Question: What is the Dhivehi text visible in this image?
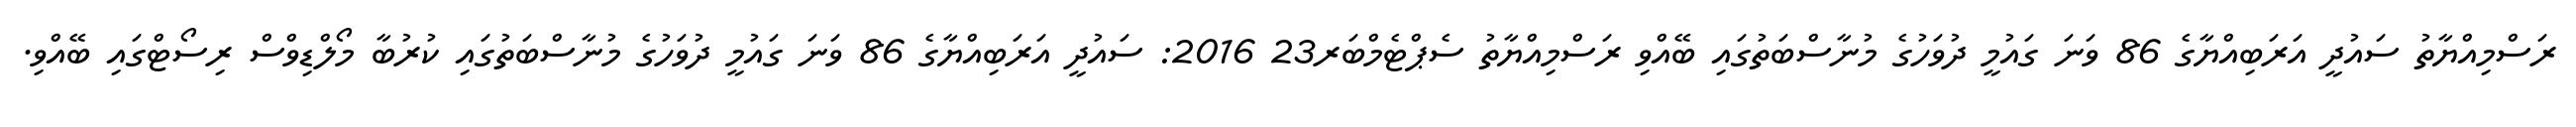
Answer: ރަސްމިއްޔާތު ސައުދީ އަރަބިއްޔާގެ 86 ވަނަ ގައުމީ ދުވަހުގެ މުނާސްބަތުގައި ބޭއްވި ރަސްމިއްޔާތު ސެޕްޓެމްބަރ23 2016: ސައުދީ އަރަބިއްޔާގެ 86 ވަނަ ގައުމީ ދުވަހުގެ މުނާސްބަތުގައި ކުރުބާ މޯލްޑިވްސް ރިސޯޓްގައި ބޭއްވި.